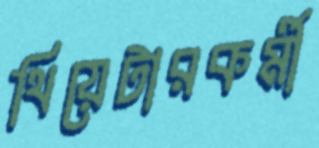
থিয়েটারকর্মী